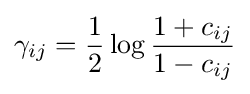
\gamma _{ij}={\frac {1}{2}}\log {\frac {1+c_{ij}}{1-c_{ij}}}